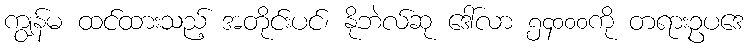
ကျွန်မ ထင်ထားသည့် အတိုင်းပင်၊ နိုဘဲလ်ဆု ဒေါ်လာ ၅၄၀၀၀ကို တရားဥပဒေ